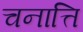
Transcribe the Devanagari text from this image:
चनात्ति